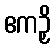
ဧကဉှိ